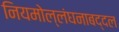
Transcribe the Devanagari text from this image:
नियमोल्लंघनाबद्दल